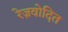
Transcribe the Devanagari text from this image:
रेज़वोदित